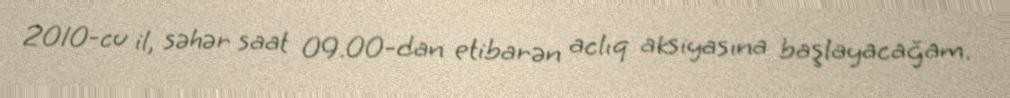
2010-cu il, səhər saat 09.00-dan etibarən aclıq aksiyasına başlayacağam.